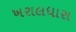
ખરાલધાસ